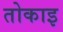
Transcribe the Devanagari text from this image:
तोकाइ